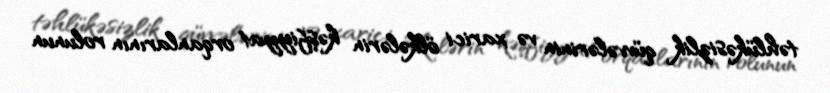
təhlükəsizlik qüvvələrinin və xarici ölkələrin kəşfiyyat orqanlarının rolunun